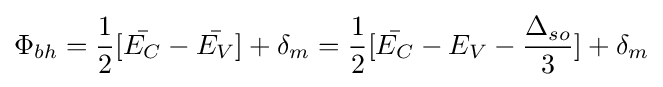
\Phi _{bh}={\frac {1}{2}}[{\bar {E_{C}}}-{\bar {E_{V}}}]+\delta _{m}={\frac {1}{2}}[{\bar {E_{C}}}-E_{V}-{\frac {\Delta _{so}}{3}}]+\delta _{m}